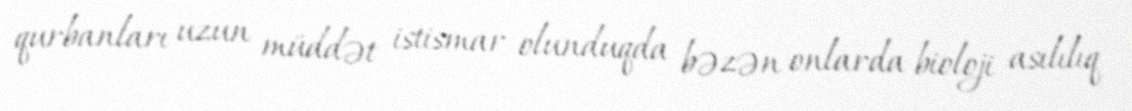
qurbanları uzun müddət istismar olunduqda bəzən onlarda bioloji asılılıq